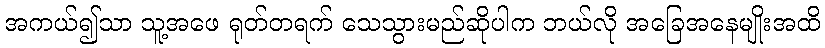
အကယ်၍သာ သူ့အဖေ ရုတ်တရက် သေသွားမည်ဆိုပါက ဘယ်လို အခြေအနေမျိုးအထိ